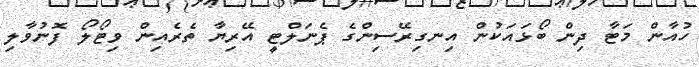
ހުއާން މަޓާ ދިން ބޯޅައަކުން އިނގިރޭސިންގެ ޕެނަލްޓީ އޭރިޔާ ތެރެއިން ވިޓޯލޯ ފޮނުވާލި